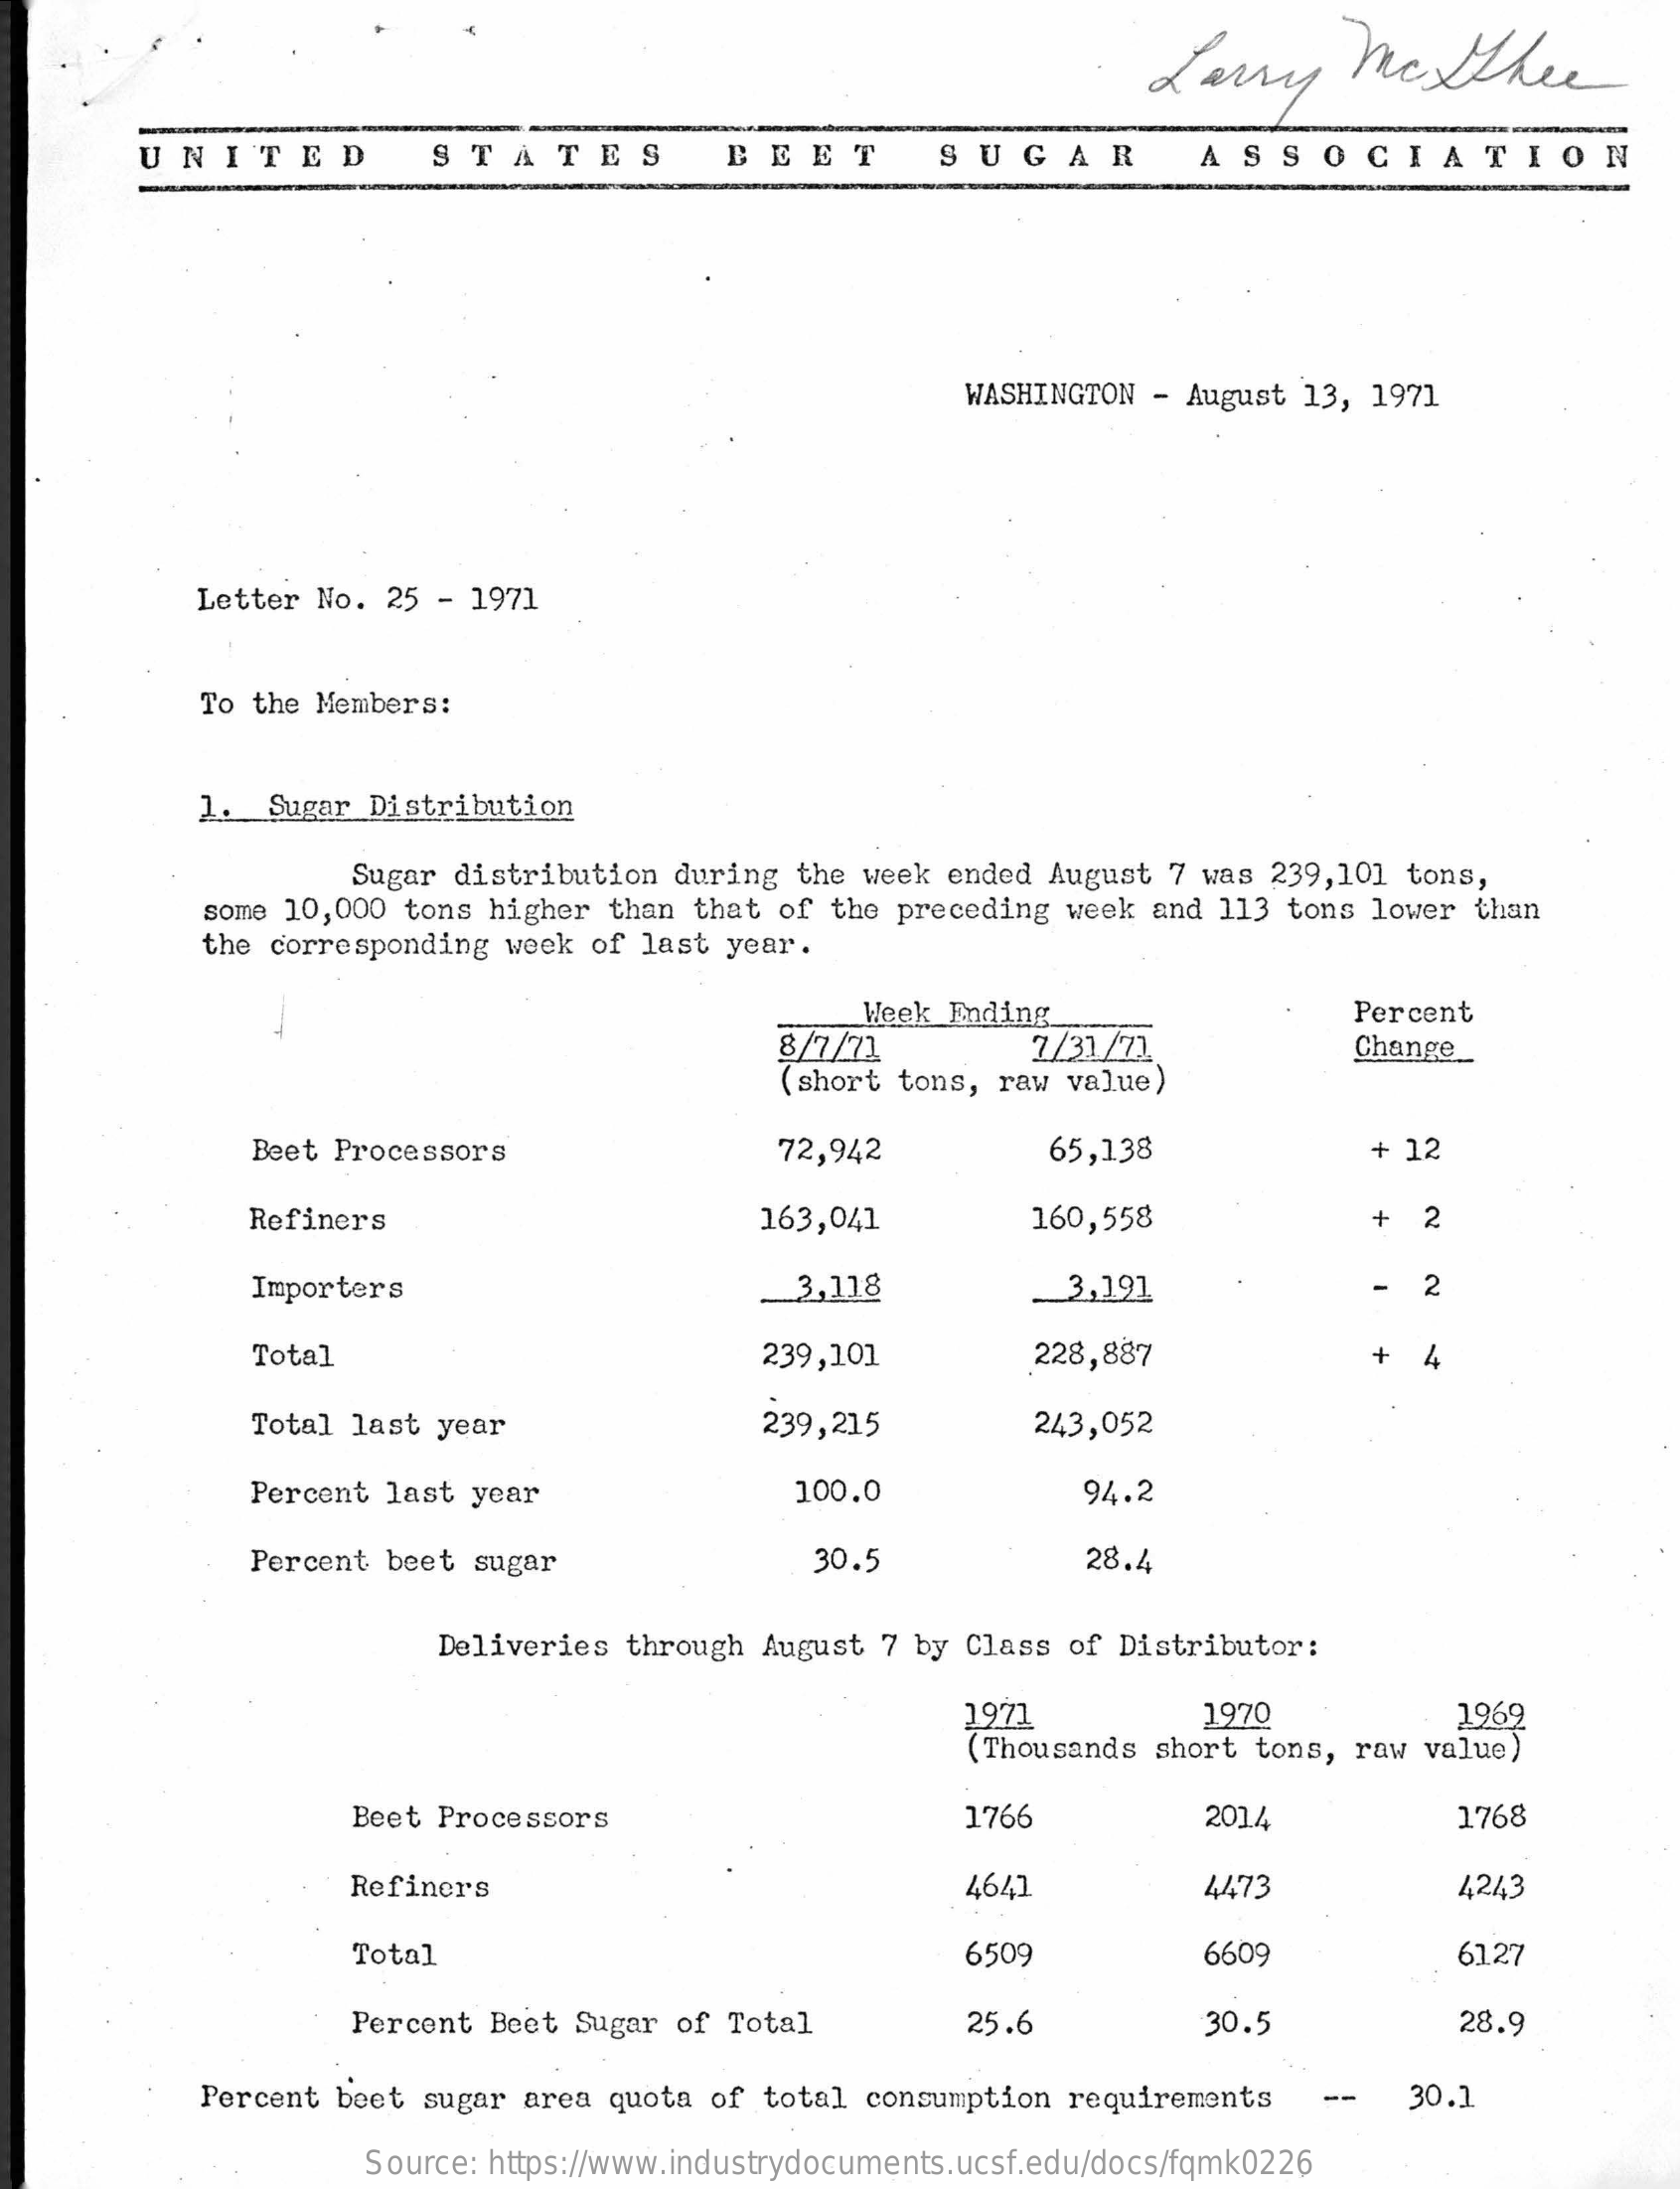
Larry    mcxthee
     UNITED    STATES    BEET    SUGAR    ASSOCIATION
     WASHINGTON - August 13, 1971
     Letter No. 25 - 1971
     To the Members:
     1. Sugar Distribution
     Sugar distribution during the week ended August 7 was 239,101 tons,
     some 10,000 tons higher than that of the preceding week and 113 tons lower than
     the corresponding week of last year.
     8/7/71
     Week Ending
     7/31/72
     Percent
     Change ..
     (short tons, raw value)
     Beet Processors    72,942    65,138    + 12
     Refiners    163,041    160,558    + 2
     Importers    _3,118    3,191    - 2
     Total    239,101    228,887    + 4
     Total last year    239,215    243,052
     Percent last year    100.0    94.2
     Percent beet sugar    30.5    28.4
     Deliveries through August 7 by Class of Distributor:
     1971    1970    1969
     (Thousands short tons, raw value)
     Beet Processors    1766    2014    1768
     Refiners    4641    4473    4,243
     Total    6509    6609    61.27
     Percent Beet Sugar of Total   25.6    30.5    28.9
     Percent beet sugar area quota of total consumption requirements -- 30.1
     Source: https://www.industrydocuments.ucsf.edu/docs/fqmk0226